Indian journal of veterinary science and animal husbandry - Volume 7,
Year: 1937
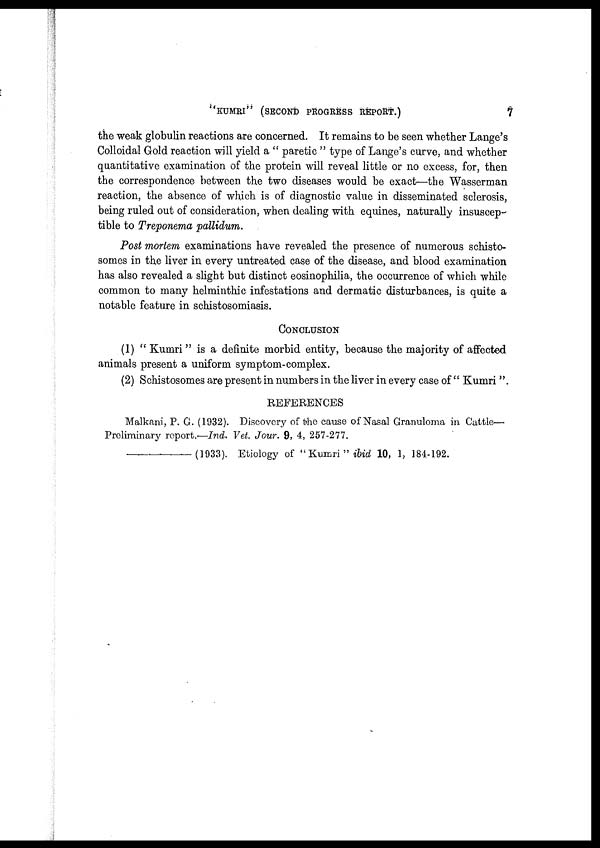
''KUMRI"
(SECOND
PROGRESS
REPORT.)
7
the weak globulin reactions are concerned. It remains to be seen whether Lange's
Colloidal Gold reaction will yield a " paretic " type of Lange's curve, and whether
quantitative examination of the protein will reveal little or no excess, for, then
the correspondence between the two diseases would be exact—the Wasserman
reaction, the absence of which is of diagnostic value in disseminated sclerosis,
being ruled out of consideration, when dealing with equines, naturally insuscep-
tible to Treponema pallidum.
Post mortem examinations have revealed the presence of numerous schisto-
somes in the liver in every untreated case of the disease, and blood examination
has also revealed a slight but distinct eosinophilia, the occurrence of which while
common to many helminthic infestations and dermatic disturbances, is quite a
notable feature in schistosomiasis.
CONCLUSION
(1) " Kumri " is a definite morbid entity, because the majority of affected
animals present a uniform symptom-complex.
(2) Schistosomes are present in numbers in the liver in every case of " Kumri ".
REFERENCES
Malkani, P. G. (1932). Discovery of the cause of Nasal Granuloma in Cattle—
Preliminary report.—Ind. Vet. Jour. 9, 4, 257-277.
(1933). Etiology of " Kumri " ibid 10, 1, 184-192.